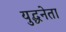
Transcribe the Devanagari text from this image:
युद्धनेता